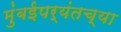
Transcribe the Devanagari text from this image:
मुंबईपर्यंतच्या